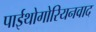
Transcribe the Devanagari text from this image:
पाईथोगोरियनवाद